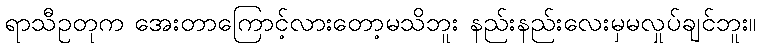
ရာသီဥတုက အေးတာကြောင့်လားတော့မသိဘူး နည်းနည်းလေးမှမလှုပ်ချင်ဘူး။